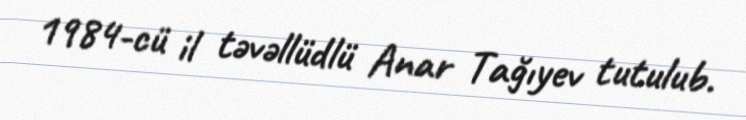
1984-cü il təvəllüdlü Anar Tağıyev tutulub.